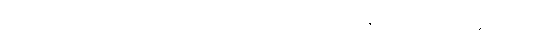
အဆင်ပြေရေးအတွက် ထည့်သွင်းစဉ်းစားပေးဖို့ လိုကြောင်း မြန်မာနိုင်ငံ မသန်စွမ်းရှေ့ဆောင်အဖွဲ့က